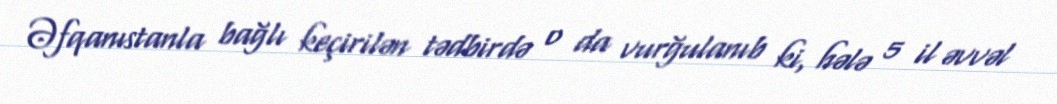
Əfqanıstanla bağlı keçirilən tədbirdə o da vurğulanıb ki, hələ 5 il əvvəl